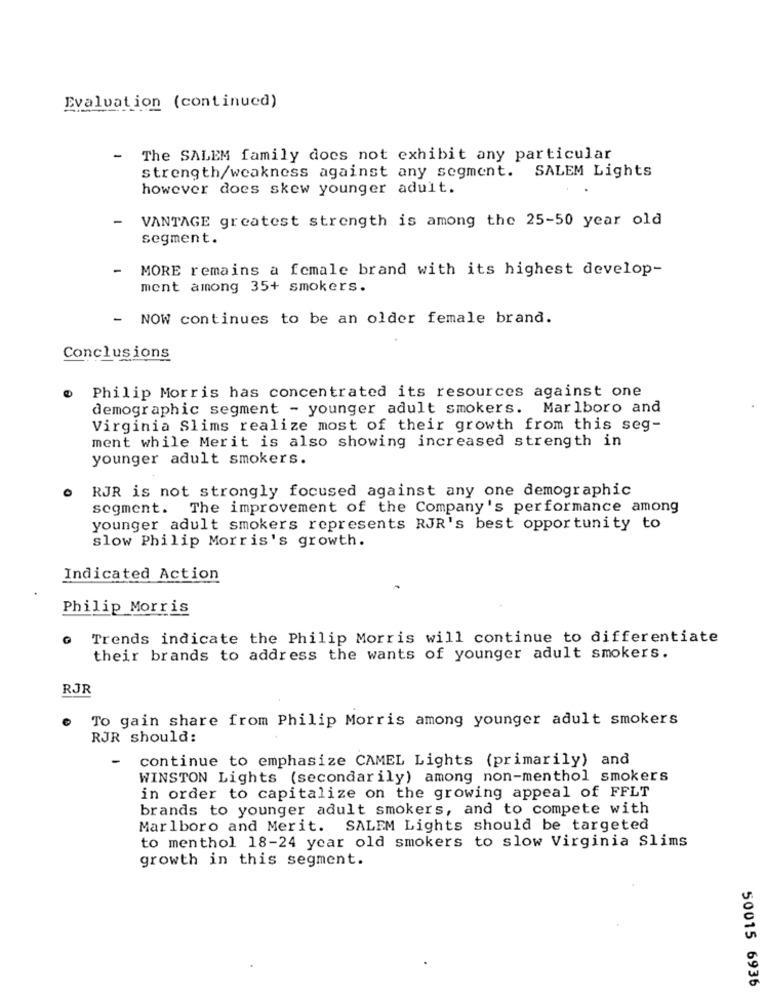
Evaluation (continued)
-
The SALEM family does not exhibit any particular
strength/weakness against any segment. SALEM Lights
however does skew younger adult.
-
VANTAGE greatest strength is among the 25-50 year old
segment.
MORE remains a female brand with its highest develop-
ment among 35+ smokers.
- NOW continues to be an older female brand.
Conclusions
Philip Morris has concentrated its resources against one
demographic segment - younger adult smokers. Marlboro and
Virginia Slims realize most of their growth from this seg-
ment while Merit is also showing increased strength in
younger adult smokers.
0
RJR is not strongly focused against any one demographic
segment.
The improvement of the Company's performance among
younger adult smokers represents RJR's best opportunity to
slow Philip Morris's growth.
Indicated Action
Philip Morris
Trends indicate the Philip Morris will continue to differentiate
their brands to address the wants of younger adult smokers.
RJR
To gain share from Philip Morris among younger adult smokers
RJR should:
-
continue to emphasize CAMEL Lights (primarily) and
WINSTON Lights (secondarily) among non-menthol smokers
in order to capitalize on the growing appeal of FFLT
brands to younger adult smokers, and to compete with
Marlboro and Merit. SALEM Lights should be targeted
to menthol 18-24 year old smokers to slow Virginia Slims
growth in this segment.
50015 6936